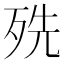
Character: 㱡